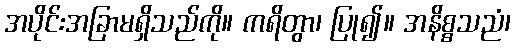
အပိုင်းအခြာမရှိသည်ကို။ ကရိတွာ၊ ပြု၍။ အနိစ္စသညံ၊